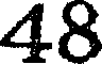
48